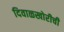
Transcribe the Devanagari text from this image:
दिवाळखोरीची